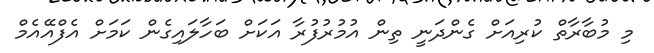
މި މުބާރާތް ކުރިއަށް ގެންދަނީ ތިން އުމުރުފުރާ އަކަށް ބަހާލައިގެން ކަމަށް އެފްއޭއެމް